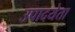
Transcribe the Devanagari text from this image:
उपादयेता